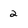
Character: 2